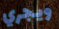
ويجري